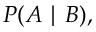
P ( A \mid B ) ,